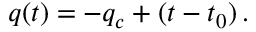
q ( t ) = - q _ { c } + ( t - t _ { 0 } ) \, .